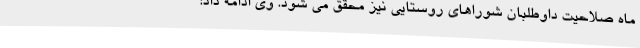
ماه صلاحیت داوطلبان شوراهای روستایی نیز محقق می شود. وی ادامه داد: